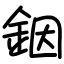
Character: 銦